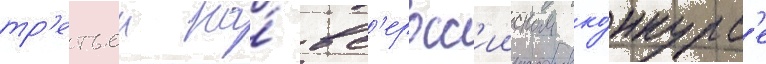
тр'етьеи на́ вс'еросс'ииском ко́нкурс'е